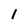
Character: 1